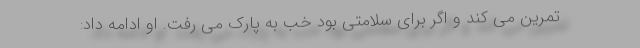
تمرین می کند و اگر برای سلامتی بود خب به پارک می رفت. او ادامه داد: